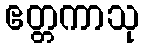
ဧတ္တကာသု